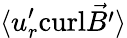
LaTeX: \langle u_{r}^{\prime}\mathrm{curl}\vec{B^{\prime}}\rangle